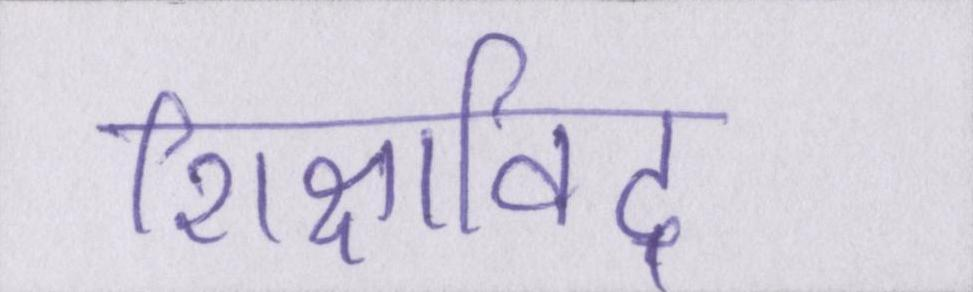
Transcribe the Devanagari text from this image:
शिक्षाविद